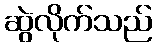
ဆွဲလိုက်သည်